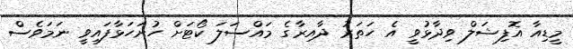
މީޑިއާ އޮފިޝަލް ވިދާޅުވީ އެ ހަތަރު ދާއިރާގެ މައްސަލަ ކޯޓަށް ހުށަހަޅާފައިވީ ނަމަވެސް